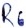
Text: R6